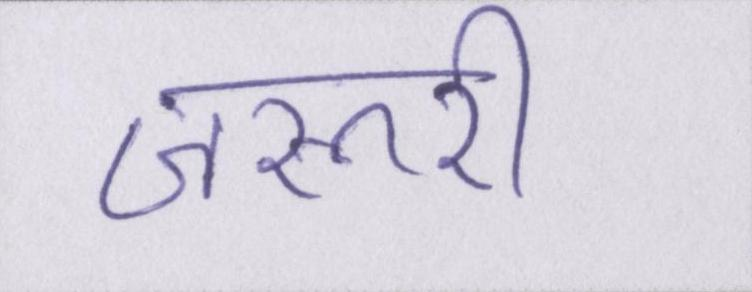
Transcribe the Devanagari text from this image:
जरूरी